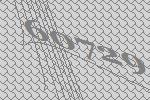
60729